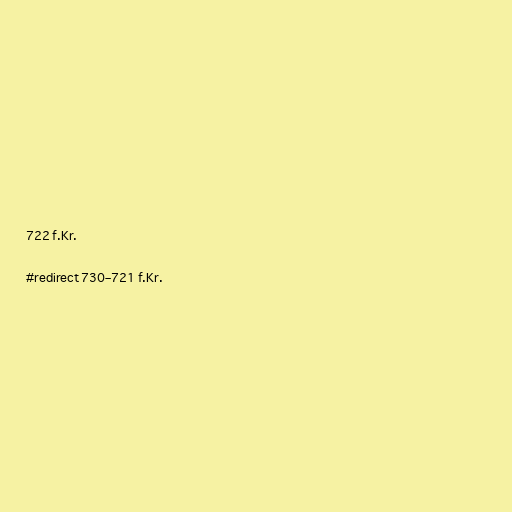
722 f.Kr.

#redirect 730–721 f.Kr.